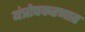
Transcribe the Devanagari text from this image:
यंत्रोपकरणात